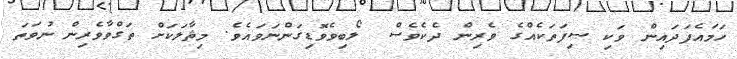
ހަމައެފަދައިން ވަކި ޞިފަތަކެއްގެ ވެރިން ދެކެވެސް  ލޯބިވެވޮޑިގަންނަވައެވެ. މިޘާލަކަށް ތަގްވާވެރިން ނުވަތަ